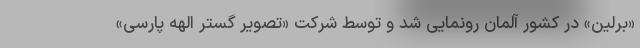
«برلین» در کشور آلمان رونمایی شد و توسط شرکت «تصویر گستر الهه پارسی»